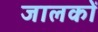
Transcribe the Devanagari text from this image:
जालकों